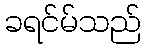
ခရင်မ်သည်